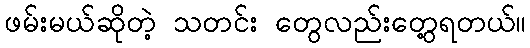
ဖမ်းမယ်ဆိုတဲ့ သတင်း တွေလည်းတွေ့ရတယ်။